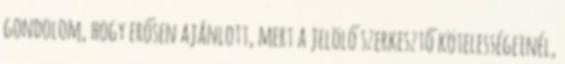
gondolom, hogy erősen ajánlott, mert a jelölő szerkesztő kötelességeinél,